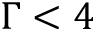
\Gamma < 4